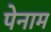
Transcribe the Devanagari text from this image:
पेनाम